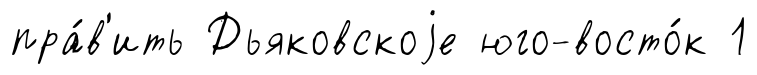
пра́в'ить Дьяковскоjе юго-восто́к 1